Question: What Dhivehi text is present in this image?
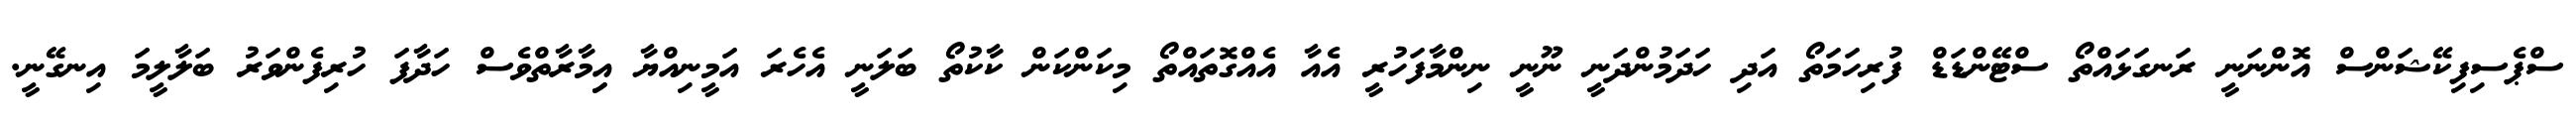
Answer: ސްޕެސިފިކޭޝަންސް އޮންނަނީ ރަނގަޅައްތޯ ސްޓޭންޑަޑް ފުރިހަމަތޯ އަދި ހަދަމުންދަނީ ނޫނީ ނިންމާފަހުރީ އެއާ އެއްގޮތައްތޯ މިކަންކަން ކާކުތޯ ބަލަނީ އެހެރަ އަމީނިއްޔާ އިިމާރާތްވެސް ހަދާފަ ހުރިފެންވަރު ބަލާލީމަ އިނގޭނީ.